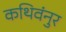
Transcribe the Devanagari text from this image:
कथिवंनुर